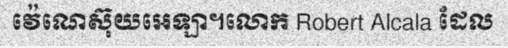
វ៉េណេស៊ុយអេឡា។លោក Robert Alcala ដែល